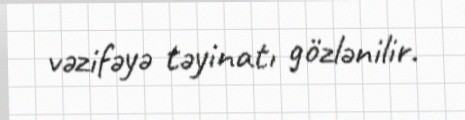
vəzifəyə təyinatı gözlənilir.